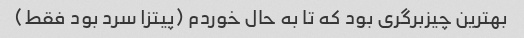
بهترین چیزبرگری بود که تا به حال خوردم (پیتزا سرد بود فقط)